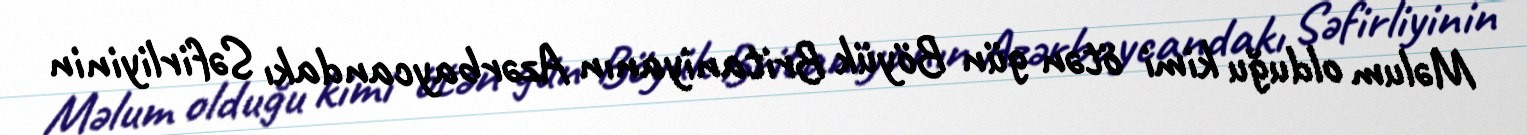
Məlum olduğu kimi ötən gün Böyük Britaniyanın Azərbaycandakı Səfirliyinin